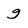
Character: g